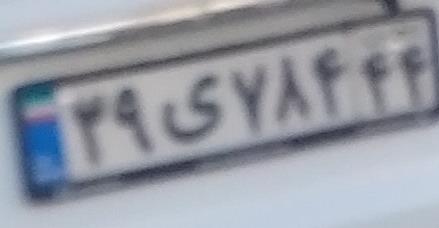
۳۹ی۷۸۴۴۴